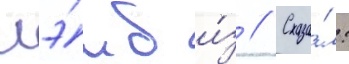
лэ́мб и́з // Сказа́л: